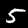
Label: 5